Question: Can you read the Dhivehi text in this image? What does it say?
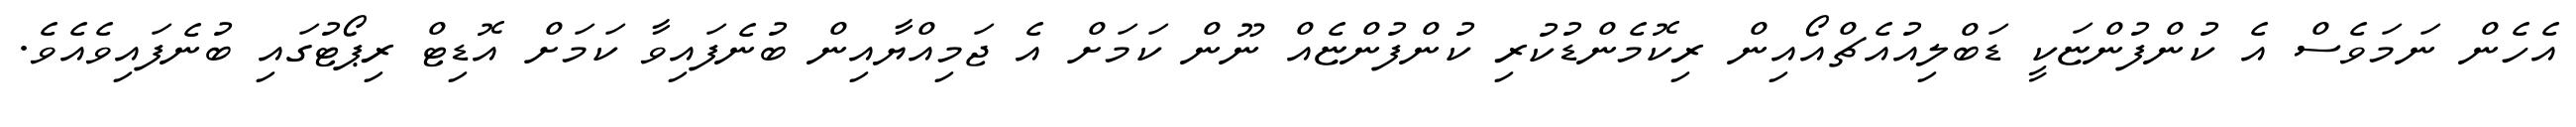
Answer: އެހެން ނަމަވެސް އެ ކުންފުންޏަކީ ޑަބްލިއުއެޗްއޯއިން ރިކޮމެންޑުކުރި ކުންފުންޏެއް ނޫން ކަމަށް އެ ޖަމިއްޔާއިން ބުނެފައިވާ ކަމަށް އޮޑިޓް ރިޕޯޓުގައި ބުނެފައިވެއެވެ.